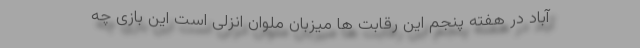
آباد در هفته پنجم این رقابت ها میزبان ملوان انزلی است این بازی چه